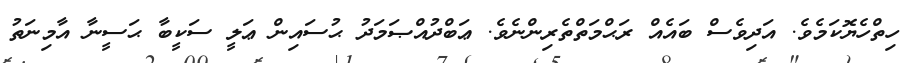
ހިތްހެޔޮކަމެވެ. އަދިވެސް ބައެއް ރަޙްމަތްތެރިންނެވެ. ޢަބްދުއްޞަމަދު ޙުސައިން ޢަލީ ސަކީބާ ޙަސީނާ އާމިނަތު